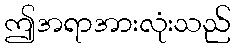
ဤအရာအားလုံးသည်